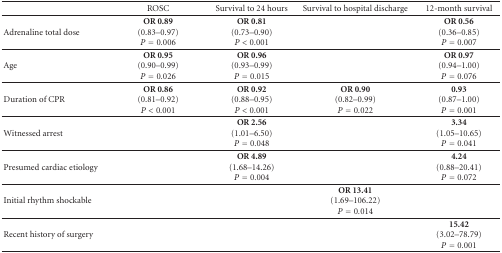
|  | ROSC | Survival to 24 hours | Survival to hospital discharge | 12-month survival |
 | --- | --- | --- | --- | --- |
 | Adrenaline total dose | OR 0.89(0.83–0.97)P = 0.006 | OR 0.81(0.73–0.90) P < 0.001 |  | OR 0.56(0.36–0.85) P = 0.007 |
 | Age | OR 0.95(0.90–0.99) P = 0.026 | OR 0.96(0.93–0.99) P = 0.015 |  | OR 0.97(0.94–1.00) P = 0.076 |
 | Duration of CPR | OR 0.86(0.81–0.92) P < 0.001 | OR 0.92(0.88–0.95) P < 0.001 | OR 0.90(0.82–0.99) P = 0.022 | 0.93(0.87–1.00) P = 0.001 |
 | Witnessed arrest |  | OR 2.56(1.01–6.50) P = 0.048 |  | 3.34(1.05–10.65) P = 0.041 |
 | Presumed cardiac etiology |  | OR 4.89(1.68–14.26) P = 0.004 |  | 4.24(0.88–20.41) P = 0.072 |
 | Initial rhythm shockable |  |  | OR 13.41(1.69–106.22) P = 0.014 |  |
 | Recent history of surgery |  |  |  | 15.42(3.02–78.79) P = 0.001 |